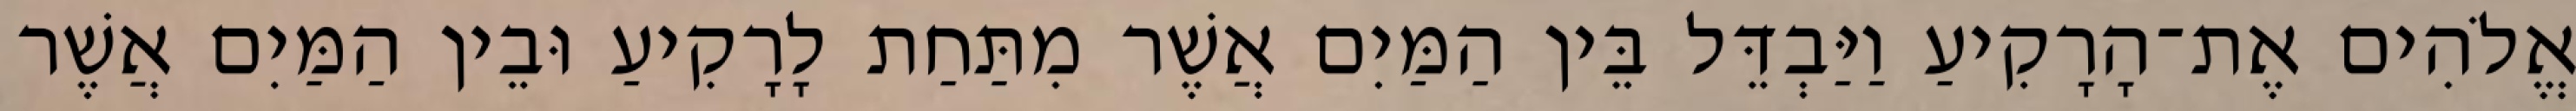
אֱלֹהִים אֶת־הָרָקִיעַ וַיַּבְדֵּל בֵּין הַמַּיִם אֲשֶׁר מִתַּחַת לָרָקִיעַ וּבֵין הַמַּיִם אֲשֶׁר